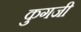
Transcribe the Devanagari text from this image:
कुगजी